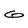
Character: G